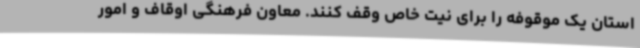
استان یک موقوفه را برای نیت خاص وقف کنند. معاون فرهنگی اوقاف و امور